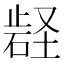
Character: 𭭬